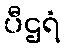
ပီဌရံ